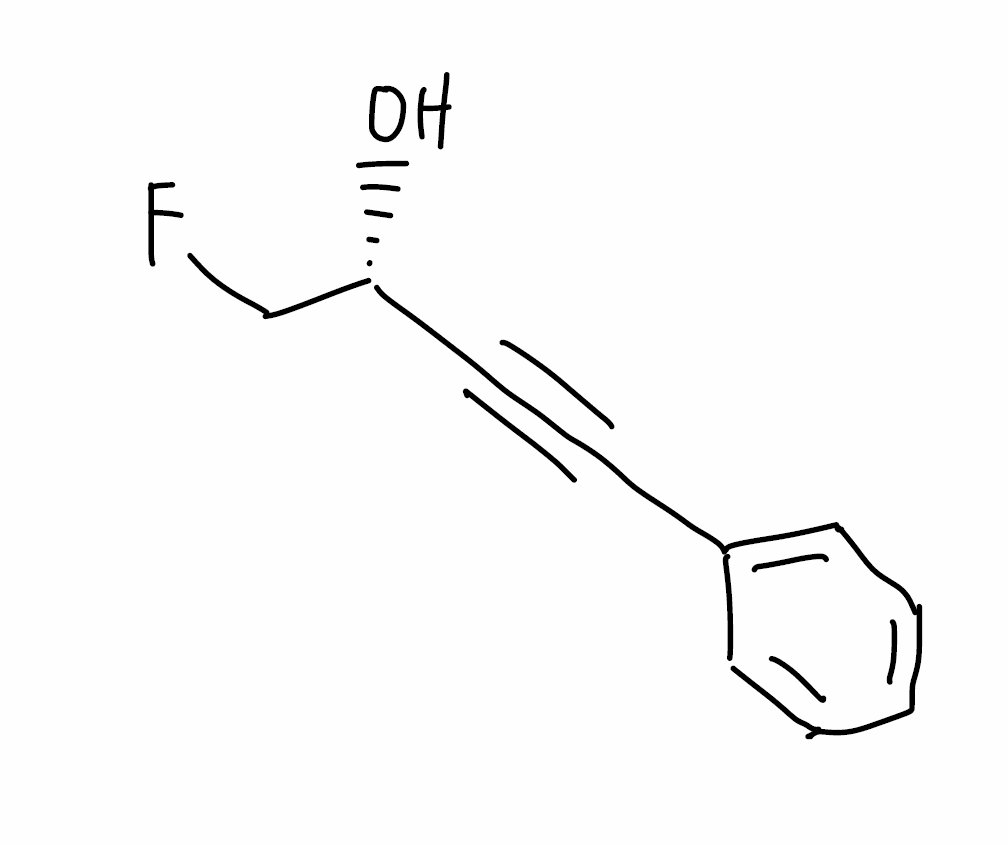
Simplified molecular-input line-entry system (SMILES) notation of the given molecule:
C1=CC=C(C=C1)C#C[C@H](CF)O